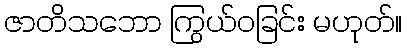
ဇာတိသဘော ကြွယ်ဝခြင်း မဟုတ်။